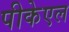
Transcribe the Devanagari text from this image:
पीकेएल